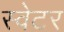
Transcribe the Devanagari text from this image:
स्‍वेटर